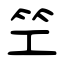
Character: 笁